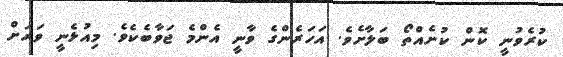
ކުރެވުނީ ކޮން ކުށެއްތޯ ބަލާށެވެ. އަހަރެންގެ ވާނީ އެންމެ ޖަވާބެކެވެ. މިއުޅެނީ ވަރަށް